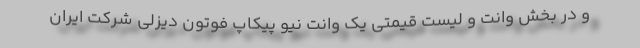
و در بخش وانت و لیست قیمتی یک وانت نیو پیکاپ فوتون دیزلی شرکت ایران